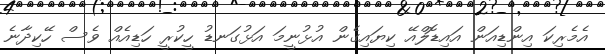
އެމެރިކަ އިންޑިއަން އައިޑޮލްއޭ ކިޔައިގެން އުޅުނީމަ އަޅުގަނޑު ހީކުރީ ހަޑިއެއް ވެސް ހޭކިދާނެ